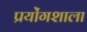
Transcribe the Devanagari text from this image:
प्रयोंगशाला